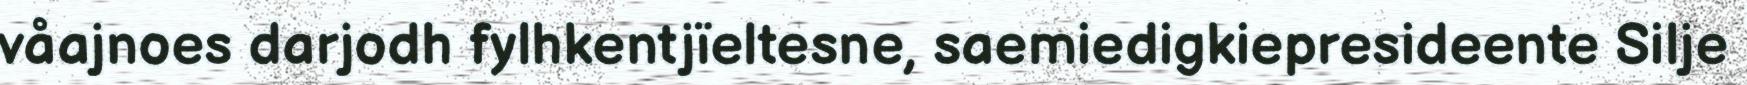
våajnoes darjodh fylhkentjïeltesne, saemiedigkiepresideente Silje